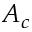
A _ { c }